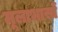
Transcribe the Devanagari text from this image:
मूलाभासों